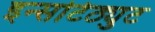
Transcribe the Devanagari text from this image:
इन्सटिठ्युट